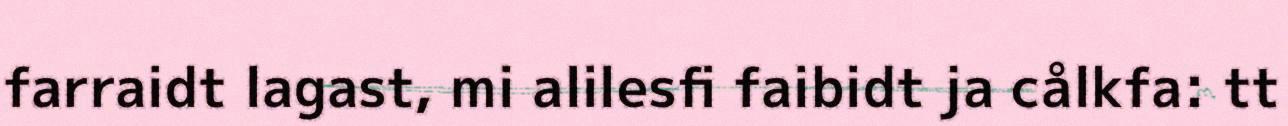
farraidt lagast, mi alilesfi faibidt ja cålkfa: tt